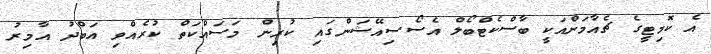
އެ ކޮމިޓީގެ ޗެއާމަންއަކީ ބާސްކެޓްބޯލް އެސޯސިއޭޝަންގައި ކުރިން މަސައްކަތް ކުރެއްވި އަބްދު އާމިރު